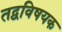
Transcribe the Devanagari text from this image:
तद्वविषयक